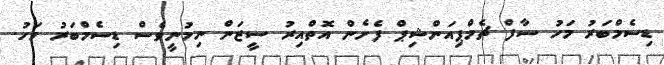
ޑިސެމްބަރު މަހު ސާފް ޗެމްޕިއަންޝިޕް ފެށެން އޮތްއިރު ސީޒަން ނިމުނީވެސް ޑިސެމްބަރު މަހު.